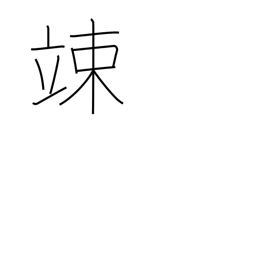
Meaning: cower